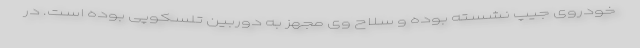
خودروی جیپ نشسته بوده و سلاح وی مجهز به دوربین تلسکوپی بوده است. در